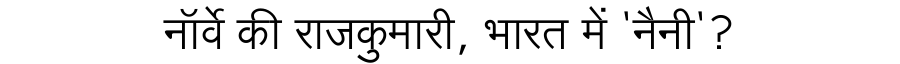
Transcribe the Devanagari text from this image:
नॉर्वे की राजकुमारी, भारत में 'नैनी'?